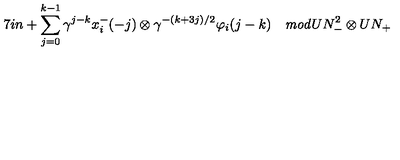
\hspace { . 7 i n } + \sum _ { j = 0 } ^ { k - 1 } \gamma ^ { j - k } x _ { i } ^ { - } ( - j ) \otimes \gamma ^ { - ( k + 3 j ) / 2 } \varphi _ { i } ( j - k ) \quad { \it m o d } U N _ { - } ^ { 2 } \otimes U N _ { + }